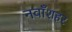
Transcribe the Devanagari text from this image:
नवाँशहर